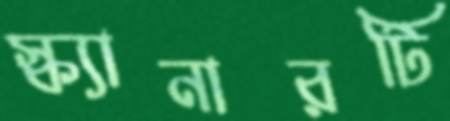
স্ক্যানারটি